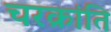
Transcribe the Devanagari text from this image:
चरक्रांति